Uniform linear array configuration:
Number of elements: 24
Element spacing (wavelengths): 0.75
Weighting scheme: binomial
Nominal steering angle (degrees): -60
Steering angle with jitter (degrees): -58.072
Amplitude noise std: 0.05
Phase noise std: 0.05

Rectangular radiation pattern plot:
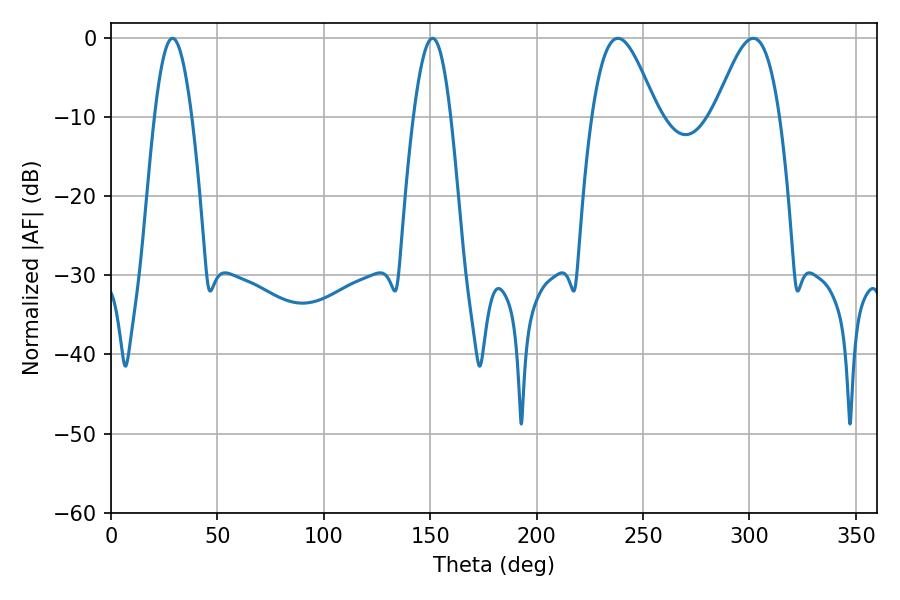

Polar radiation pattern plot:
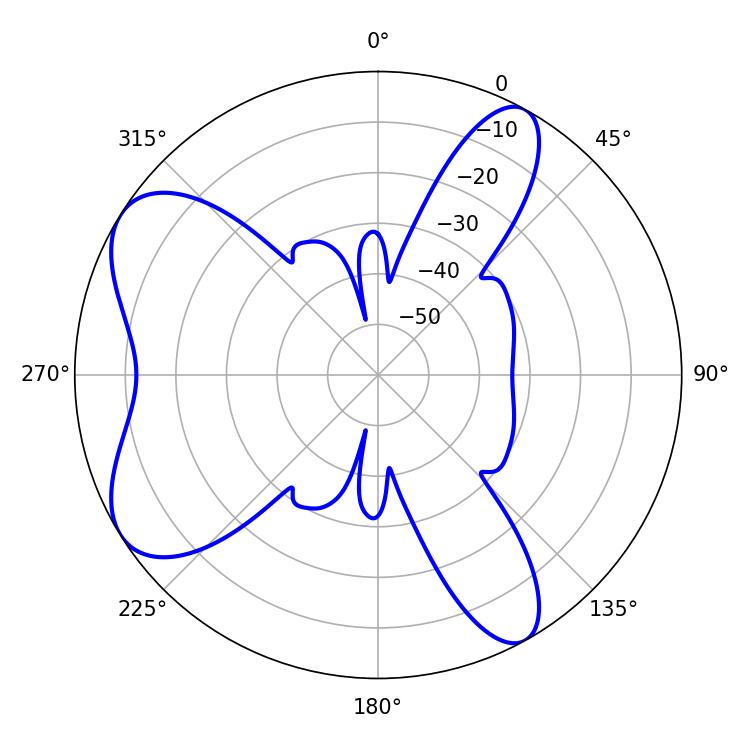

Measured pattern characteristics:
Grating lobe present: TRUE
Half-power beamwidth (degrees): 16.38
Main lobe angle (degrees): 238.14